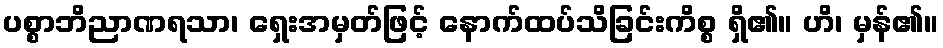
ပစ္စာဘိညာဏရသာ၊ ရှေးအမှတ်ဖြင့် နောက်ထပ်သိခြင်းကိစ္စ ရှိ၏။ ဟိ၊ မှန်၏။